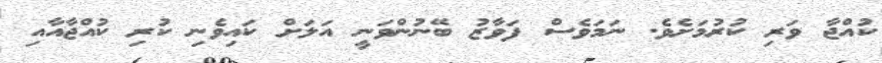
ކުއްޖާ ވަރި ކުރުމަށެވެ. ނަމަވެސް ފަވާޒު ބޭނުންވަނީ އަލަށް ކައިވެނި ކުރި ކުއްޖާއާއި